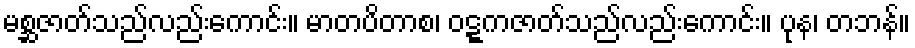
မစ္ဆဇာတ်သည်လည်းကောင်း။ မာတပိတာစ၊ ဝဋ္ဋကဇာတ်သည်လည်းကောင်း။ ပုန၊ တဘန်။